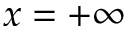
x = + \infty